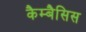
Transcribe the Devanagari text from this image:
कैम्बैसिस